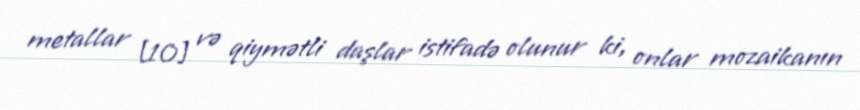
metallar [10] və qiymətli daşlar istifadə olunur ki, onlar mozaikanın